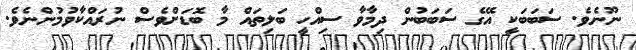
ނޫނެވެ. ސަބަބަކީ އޭގެ ސަބަބުން ދިމާވާ ސިއްހީ ބަލިތައް މާ ބޮޑަށްވެސް ނުރައްކާވުމުންނެވެ.